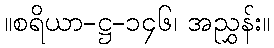
။စရိယာ-ဋ္ဌ-၁၄၆၊ အညွှန်း။